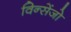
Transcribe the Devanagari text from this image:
विन्सेंजो